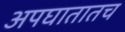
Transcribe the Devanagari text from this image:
अपघातातच